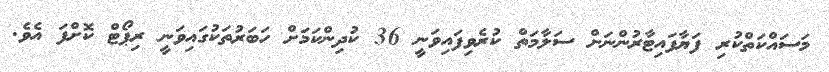
މަސައްކަތްކުރި ފަޔާފައިޓާރުންނަށް ސަލާމަތް ކުރެވިފައިވަނީ 36 ކުދިންކަމަށް ހަބަރުތަކުގައިވަނީ ރިޕޯޓް ކޮށްފަ އެވެ.